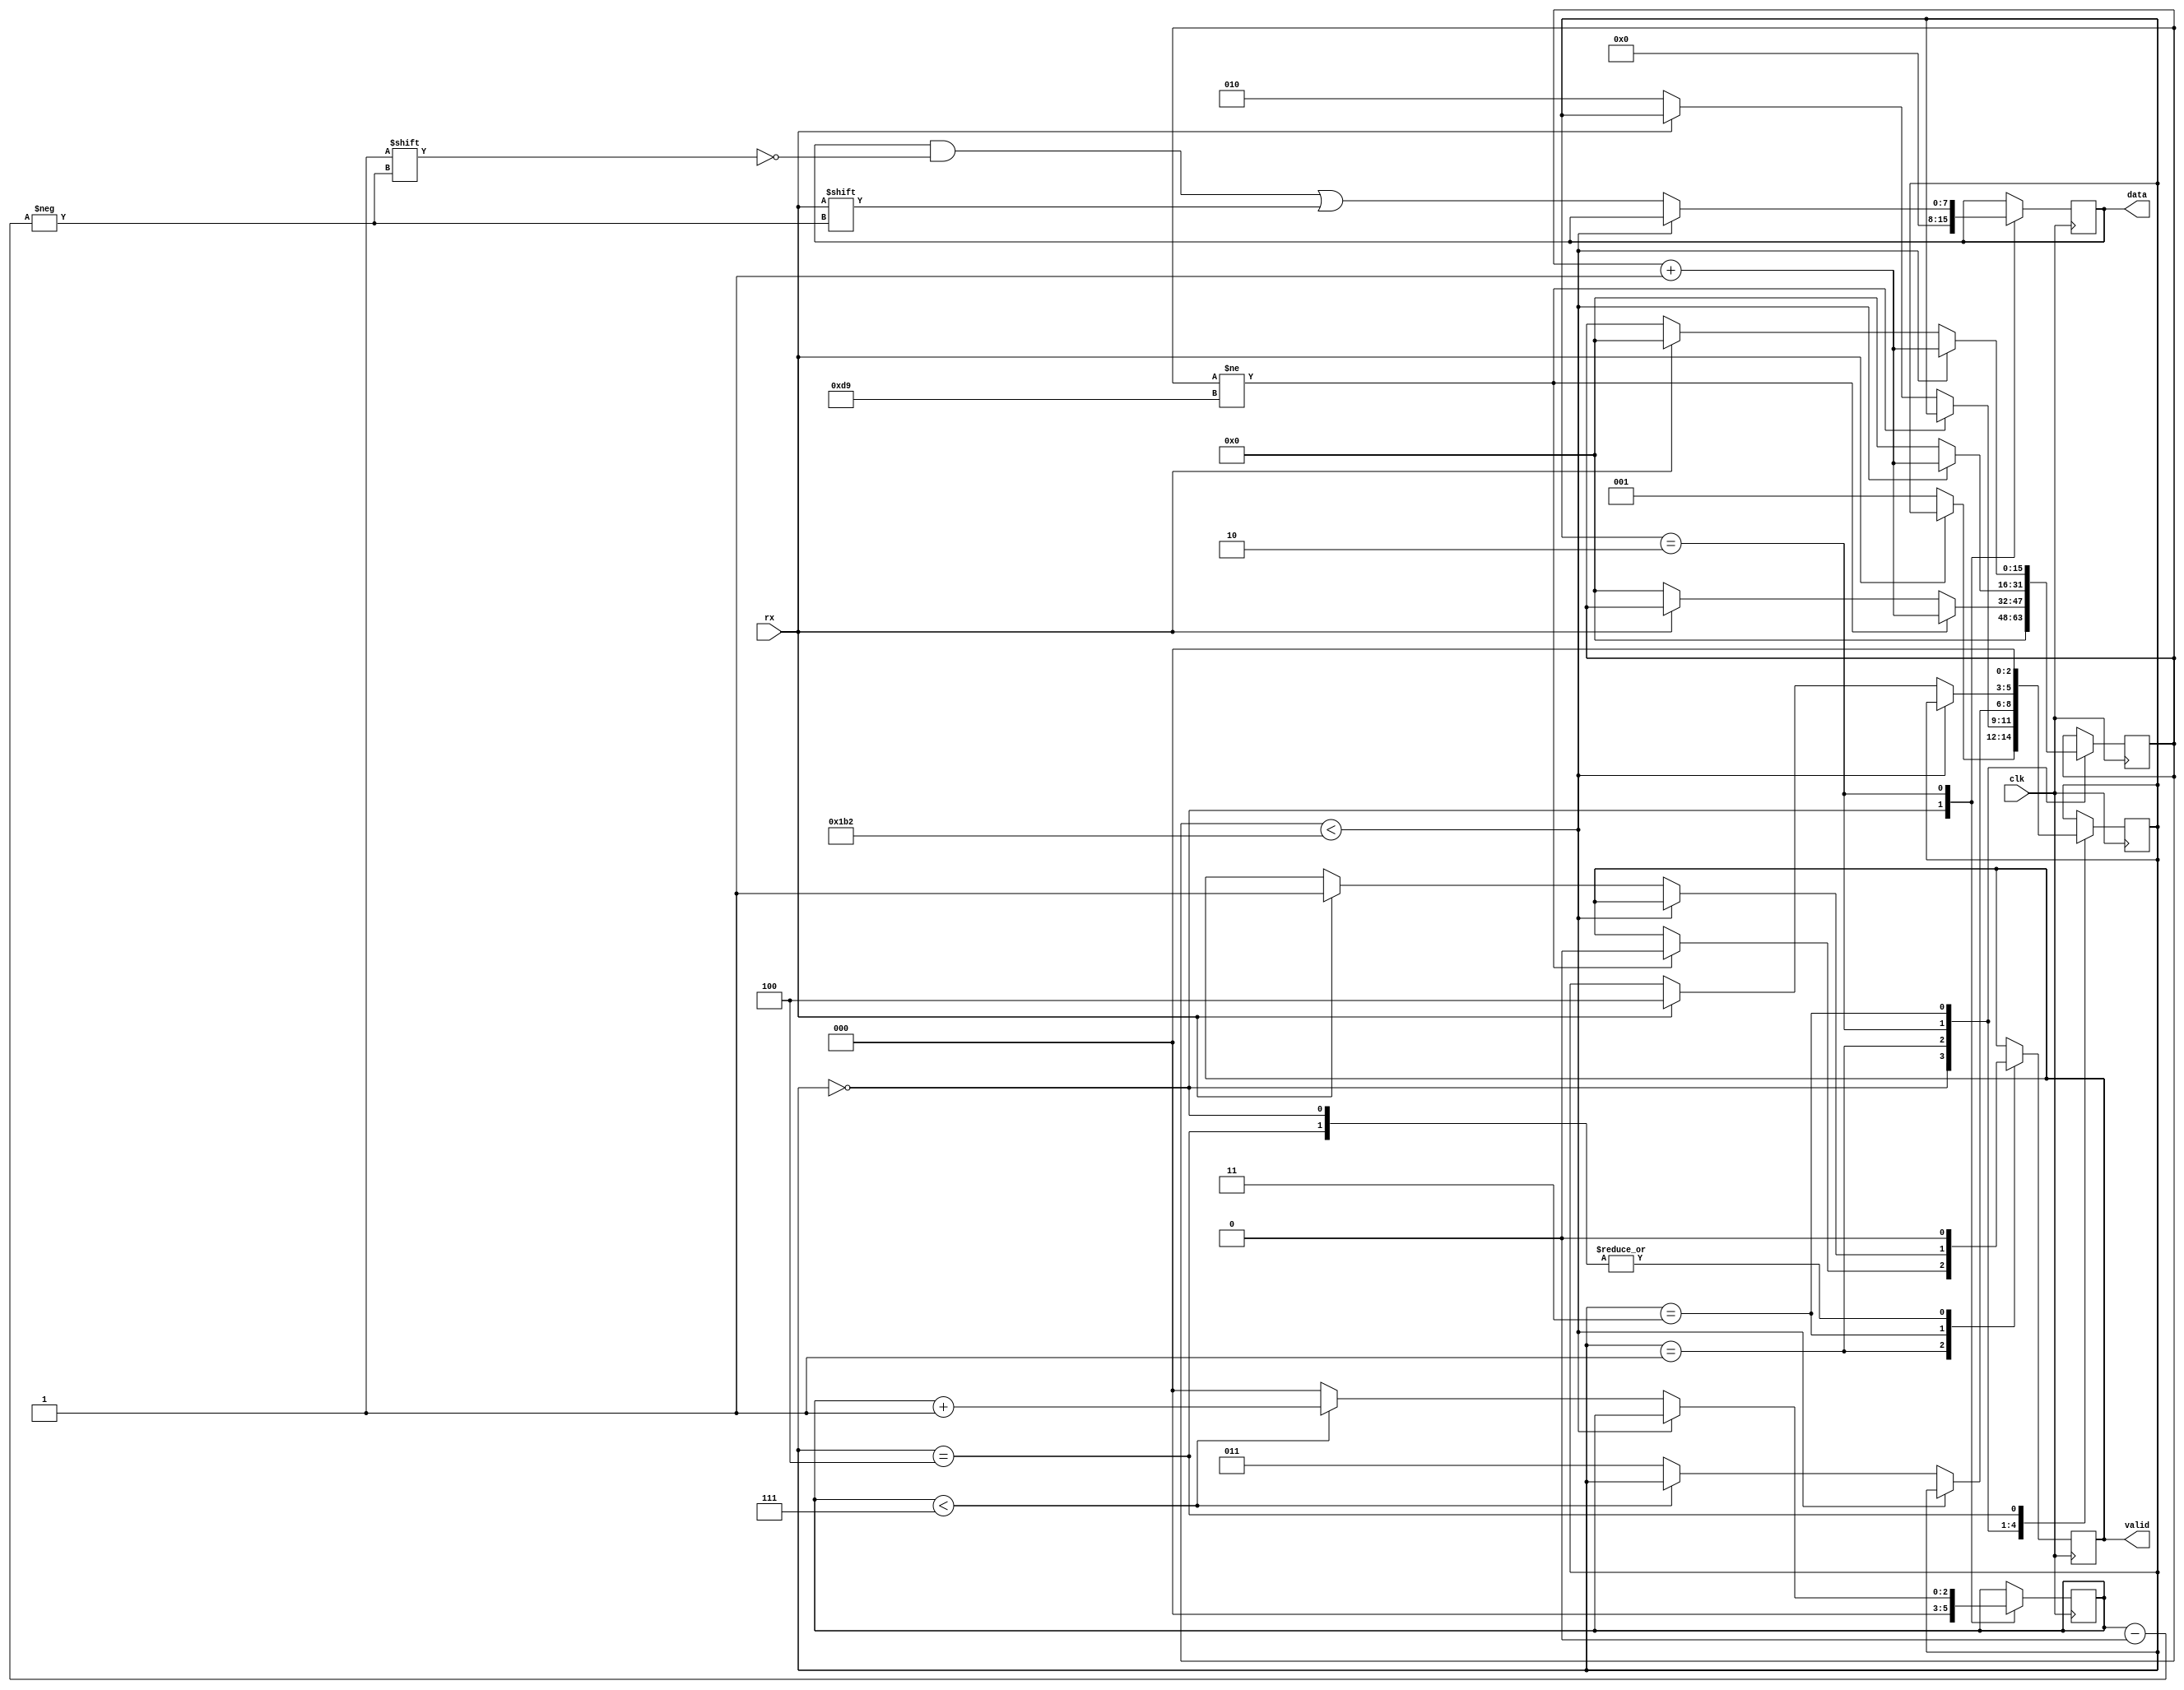
module uart
#(
    parameter CLK_PER_BIT = 435 // [CLOCK PRINCIPAL / 115200] baud rate
)
(
    input wire clk,
    input wire rx,
    output [7:0] data,
    output valid
);

    parameter STATE_IDLE = 3'b000;
    parameter STATE_START = 3'b001;
    parameter STATE_RECEIVING = 3'b010;
    parameter STATE_STOP = 3'b011;
    parameter STATE_CLR = 3'b100;

    reg [15:0] channel_clk_cnt = 16'b0;
    reg [7:0] data_reg = 8'b0;
    reg [2:0] bit_index = 3'b0;
    reg [2:0] state = 3'b0;
    reg valid_reg;
  
    always @(posedge clk)
    begin
        case (state)
            STATE_IDLE:
            begin
                bit_index <= 3'b0;
                channel_clk_cnt <= 16'b0;
                data_reg <= 8'b0;
                valid_reg <= 1'b0;
                if (rx == 1'b0)
                begin
                    state <= STATE_START;
                end
            end
            STATE_START:
            begin
                if (channel_clk_cnt != (CLK_PER_BIT-1)/2)
                begin
                    channel_clk_cnt <= channel_clk_cnt + 1;
                    valid_reg <= 1'b0;
                end
                else
                begin
                    if (rx == 1'b0)
                    begin
                        channel_clk_cnt <= 8'b0;
                        state <= STATE_RECEIVING;
                    end
                end
            end
            STATE_RECEIVING:
            begin
                if (channel_clk_cnt < CLK_PER_BIT-1)
                begin
                    channel_clk_cnt <= channel_clk_cnt + 1;
                end
                else
                begin
                    channel_clk_cnt <= 16'b0;
                    data_reg[bit_index] <= rx;

                    if (bit_index < 7)
                    begin
                        bit_index <= bit_index + 1;
                    end
                    else
                    begin
                        state <= STATE_STOP;
                        bit_index <= 3'b0;
                    end
                end
            end
            STATE_STOP:
            begin
                if (channel_clk_cnt < CLK_PER_BIT-1)
                begin
                    channel_clk_cnt <= channel_clk_cnt + 1;
                end
                else
                begin
                    if (rx == 1'b1)
                    begin
                        state <= STATE_CLR;
                        channel_clk_cnt <= 16'b0;
                        valid_reg <= 1'b1;
                    end
                end
            end
            STATE_CLR:
            begin
                valid_reg <= 1'b0;
                state <= STATE_IDLE;
            end

        endcase
    end
    assign data = data_reg;
    assign valid = valid_reg;
endmodule